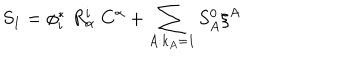
LaTeX: S _ { 1 } = \phi _ { i } ^ { * } \; R _ { \alpha } ^ { i } \; C ^ { \alpha } + \sum _ { A : k _ { A } = 1 } S _ { A } ^ { 0 } \xi ^ { A }